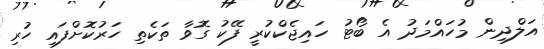
އަލްދިން މުހައްމަދު އެ ބޯޓު ހައިޖެކްކުރީ ފޭކު ގޮވާ ތަކެތި ހަރުކޮށްފައި ހުރި